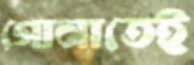
গোনাতেই